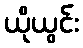
ယိုယွင်း